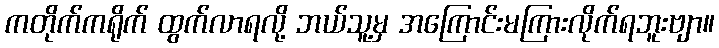
ကတိုက်ကရိုက် ထွက်လာရလို့ ဘယ်သူ့မှ အကြောင်းမကြားလိုက်ရဘူးဗျာ။